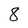
Character: 8